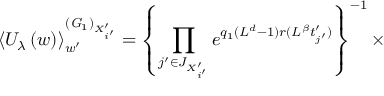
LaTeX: \left\langle U _ { \lambda } \left( w \right) \right\rangle _ { w ^ { \prime } } ^ { \left( { \it G } _ { 1 } \right) _ { X _ { i ^ { \prime } } ^ { \prime } } } = \left\{ \prod _ { j ^ { \prime } \in J _ { X _ { i ^ { \prime } } ^ { \prime } } } e ^ { q _ { 1 } ( L ^ { d } - 1 ) r ( L ^ { \beta } t _ { j ^ { \prime } } ^ { \prime } ) } \right\} ^ { - 1 } \times